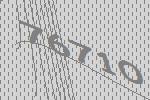
76710